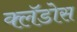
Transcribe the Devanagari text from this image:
क्लॅडोस